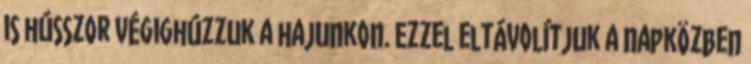
is hússzor végighúzzuk a hajunkon. Ezzel eltávolítjuk a napközben